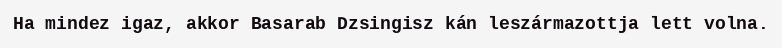
Ha mindez igaz, akkor Basarab Dzsingisz kán leszármazottja lett volna.